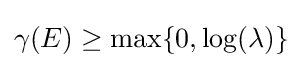
\gamma (E)\geq \max\{0,\log(\lambda )\}